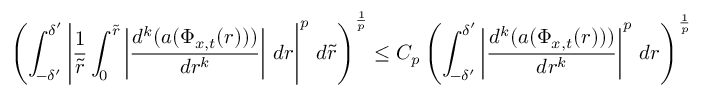
\left( \int _ { - \delta ^ { \prime } } ^ { \delta ^ { \prime } } \left| \frac 1 { \tilde { r } } \int _ { 0 } ^ { \tilde { r } } \left| \frac { d ^ { k } ( a ( \Phi _ { x , t } ( r ) ) ) } { d r ^ { k } } \right| \, d r \right| ^ { p } \, d \tilde { r } \right) ^ { \frac 1 p } \leq C _ { p } \left( \int _ { - \delta ^ { \prime } } ^ { \delta ^ { \prime } } \left| \frac { d ^ { k } ( a ( \Phi _ { x , t } ( r ) ) ) } { d r ^ { k } } \right| ^ { p } \, d r \right) ^ { \frac 1 p }